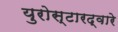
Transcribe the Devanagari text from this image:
युरोस्टारद्वारे